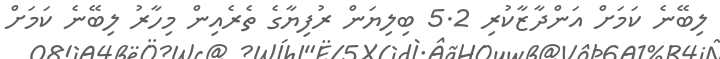
ލިބޭނެ ކަމަށް އަންދާޒާކުރި 5.2 ބިލިޔަން ރުފިޔާގެ ތެރެއިން މިހާރު ލިބޭނެ ކަމަށް